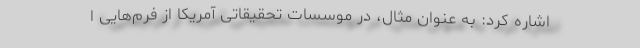
اشاره کرد: به عنوان مثال، در موسسات تحقیقاتی آمریکا از فرم‌هایی ا